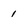
Character: 1